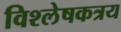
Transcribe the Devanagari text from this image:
विश्लेषकत्रय